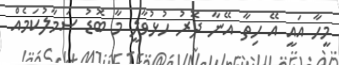
މީހާ އައީ އޭ ހިތާ އޭނާ ދޮރު ހުޅުވާލީ މާ ބޮޑު ސަމާލުކަމެއް